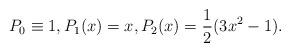
LaTeX: \begin{align*}P_0\equiv 1,P_1(x)=x,P_2(x)=\frac{1}{2}(3x^2-1).\end{align*}